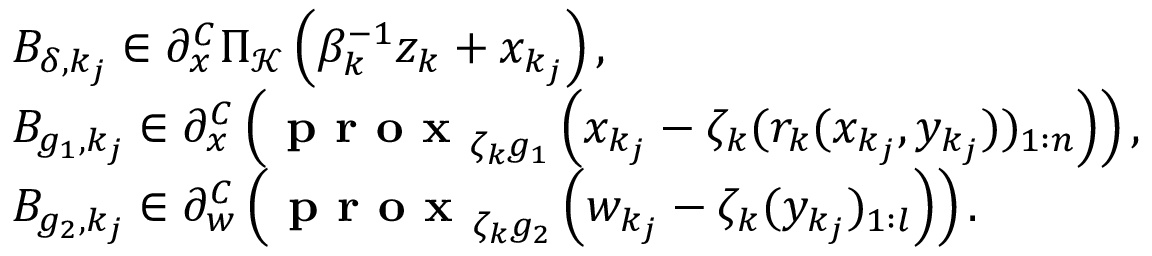
\begin{array} { r l } & { B _ { \delta , k _ { j } } \in \partial _ { x } ^ { C } \Pi _ { \mathcal { K } } \left( \beta _ { k } ^ { - 1 } z _ { k } + x _ { k _ { j } } \right) , } \\ & { B _ { g _ { 1 } , k _ { j } } \in \partial _ { x } ^ { C } \left( \textbf { p r o x } _ { \zeta _ { k } g _ { 1 } } \left( x _ { k _ { j } } - \zeta _ { k } ( r _ { k } ( x _ { k _ { j } } , y _ { k _ { j } } ) ) _ { 1 : n } \right) \right) , } \\ & { B _ { g _ { 2 } , k _ { j } } \in \partial _ { w } ^ { C } \left( \textbf { p r o x } _ { \zeta _ { k } g _ { 2 } } \left( w _ { k _ { j } } - \zeta _ { k } ( y _ { k _ { j } } ) _ { 1 : l } \right) \right) . } \end{array}